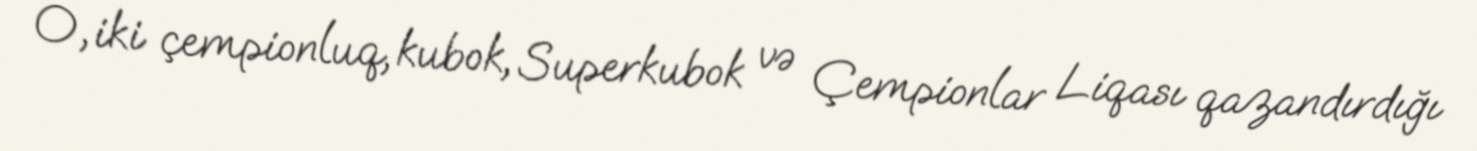
O, iki çempionluq, kubok, Superkubok və Çempionlar Liqası qazandırdığı